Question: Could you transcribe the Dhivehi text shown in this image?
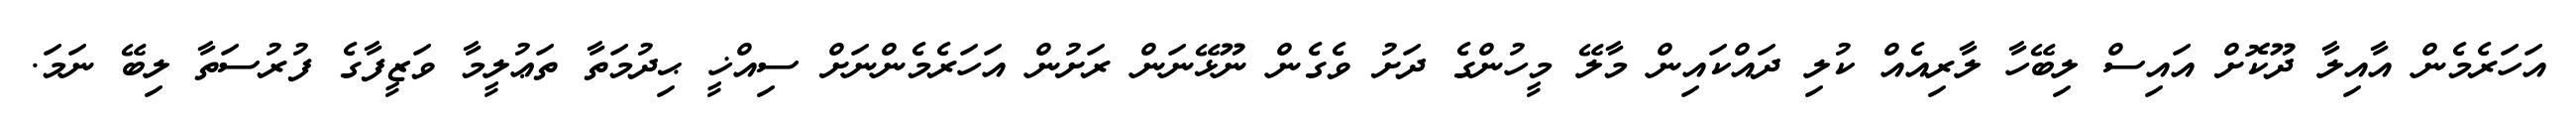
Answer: އަހަރެމެން އާއިލާ ދޫކޮށް އައިސް ލިބޭހާ ލާރިއެއް ކުލި ދައްކައިން މާލޭ މީހުންގެ ދަށު ވެގެން ނޫޅޭނަން ރަށުން އަހަރެމެންނަށް ސިއްޚީ ޙިދުމަތާ ތަޢުލީމާ ވަޒީފާގެ ފުރުސަތާ ލިބޭ ނަމަ.